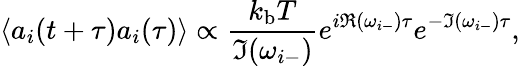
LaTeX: \langle a_{i}(t+\tau)a_{i}(\tau)\rangle\propto\frac{k_{\mathrm{b}}T}{\Im(\omega_{i-})}e^{i\Re(\omega_{i-})\tau}e^{-\Im(\omega_{i-})\tau},